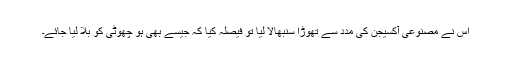
اس نے مصنوعی آکسیجن کی مدد سے تھوڑا سنبھالا لیا تو فیصلہ کیا کہ جیسے بھی ہو چھوٹی کو بلا لیا جائے۔